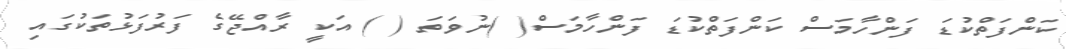
ކަންފަތްކުޑަ ފަންހާމަސް ކަންފަތްކުޑަ ފަންހާމަސް( )ނުވަތަ ( ) އަކީ ރާއްޖޭގެ ފަރުފަޅުތަކުގައި